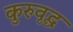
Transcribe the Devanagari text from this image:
कुरुवृद्ध